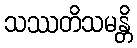
သဿတိသမန္တိ